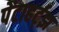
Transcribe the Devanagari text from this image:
पेंटाहर्ट्‌झ